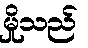
မှိုသည်